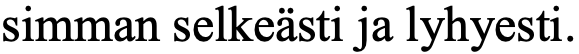
simman selkeästi ja lyhyesti.